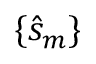
\{ \hat { s } _ { m } \}